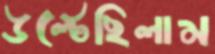
উল্‌টেছিলাম